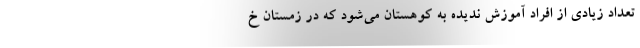
تعداد زیادی از افراد آموزش ندیده به کوهستان می‌شود که در زمستان خ